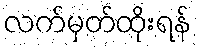
လက်မှတ်ထိုးရန်